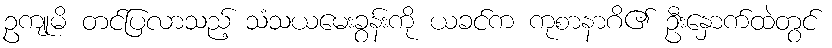
ဥကျုမိ တင်ပြလာသည့် သံသယမေးခွန်းကို ယခင်က ကုစာနာဂိ၏ ဦးနှောက်ထဲတွင်